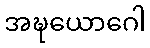
အဍ္ဎယောဂေါ